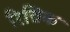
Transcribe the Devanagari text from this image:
रिद्मिक